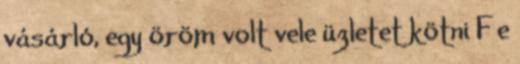
vásárló, egy öröm volt vele üzletet kötni F e